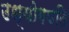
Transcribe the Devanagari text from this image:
उध्योगपति